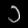
Digit: ၁